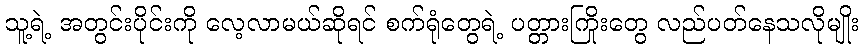
သူ့ရဲ့ အတွင်းပိုင်းကို လေ့လာမယ်ဆိုရင် စက်ရုံတွေရဲ့ ပတ္တားကြိုးတွေ လည်ပတ်နေသလိုမျိုး